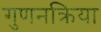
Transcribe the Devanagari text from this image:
गुणनक्रिया